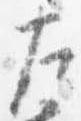
左